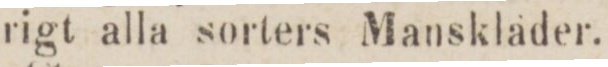
rigt alla sorters Manskläder.